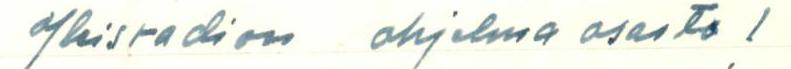
Yleisradion ohjelma osasto!